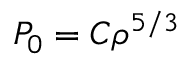
P _ { 0 } = C \rho ^ { 5 / 3 }